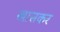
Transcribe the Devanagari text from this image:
खा़सकर